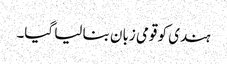
ہندی کو قومی زبان بنا لیا گیا۔